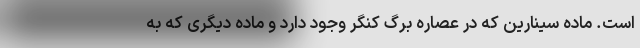
است. ماده سینارین که در عصاره برگ کنگر وجود دارد و ماده دیگری که به‌